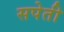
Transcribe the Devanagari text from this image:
सपेती